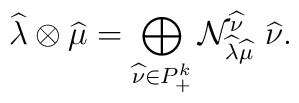
\widehat{\lambda} \otimes \widehat{\mu} =\bigoplus_{\widehat{\nu} \in P_+^k} {\cal N}_{\widehat{\lambda}\widehat{\mu}}^{\widehat{\nu}}\ \widehat{\nu}.